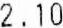
2.10